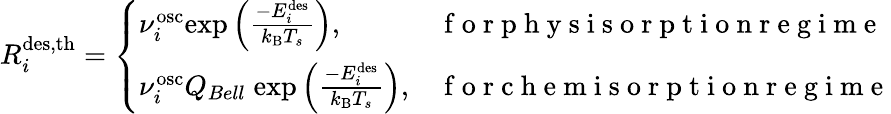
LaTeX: R_{i}^{\mathrm{{des,th}}}=\left\{ \begin{array}{ll}{\nu_{i}^{\mathrm{{osc}}}\mathrm{exp}\left(\frac{-E_{i}^{\mathrm{{des}}}}{k_{\mathrm{{B}}}T_{s}}\right),}&{\mathrm{~f~o~r~p~h~y~s~i~s~o~r~p~t~i~o~n~r~e~g~i~m~e~}}\\ {\nu_{i}^{\mathrm{{osc}}}Q_{Bell}\; \mathrm{exp}\left(\frac{-E_{i}^{\mathrm{{des}}}}{k_{\mathrm{{B}}}T_{s}}\right),}&{\mathrm{~f~o~r~c~h~e~m~i~s~o~r~p~t~i~o~n~r~e~g~i~m~e~}}\end{array}\right.